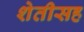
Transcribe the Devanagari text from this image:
शेतीसह